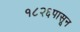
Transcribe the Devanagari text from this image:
१८२६पासून